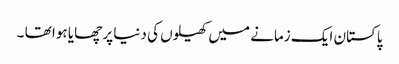
پاکستان ایک زمانے میں کھیلوں کی دنیا پر چھایا ہوا تھا ۔